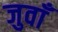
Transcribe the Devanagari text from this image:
जुवाँ